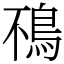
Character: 鴀